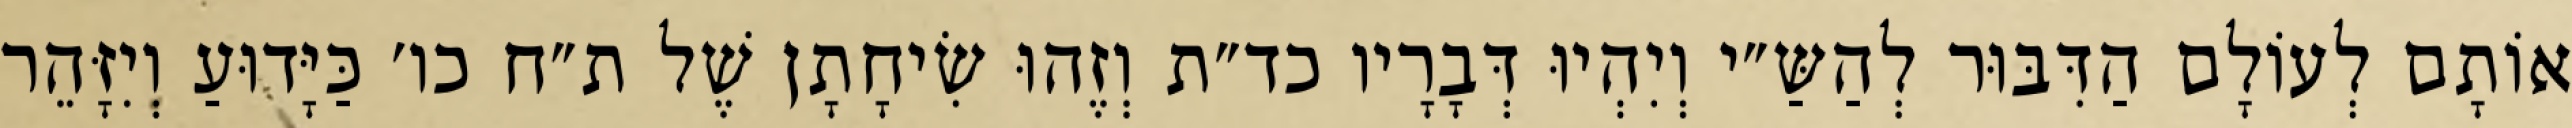
אוֹתָם לְעוֹלָם הַדִּבּוּר לְהַשַּ״י וְיִהְיוּ דְּבָרָיו כד״ת וְזֶהוּ שִׂיחָתָן שֶׁל ת״ח כו׳ כַּיָּדוּעַ וְיִזָּהֵר